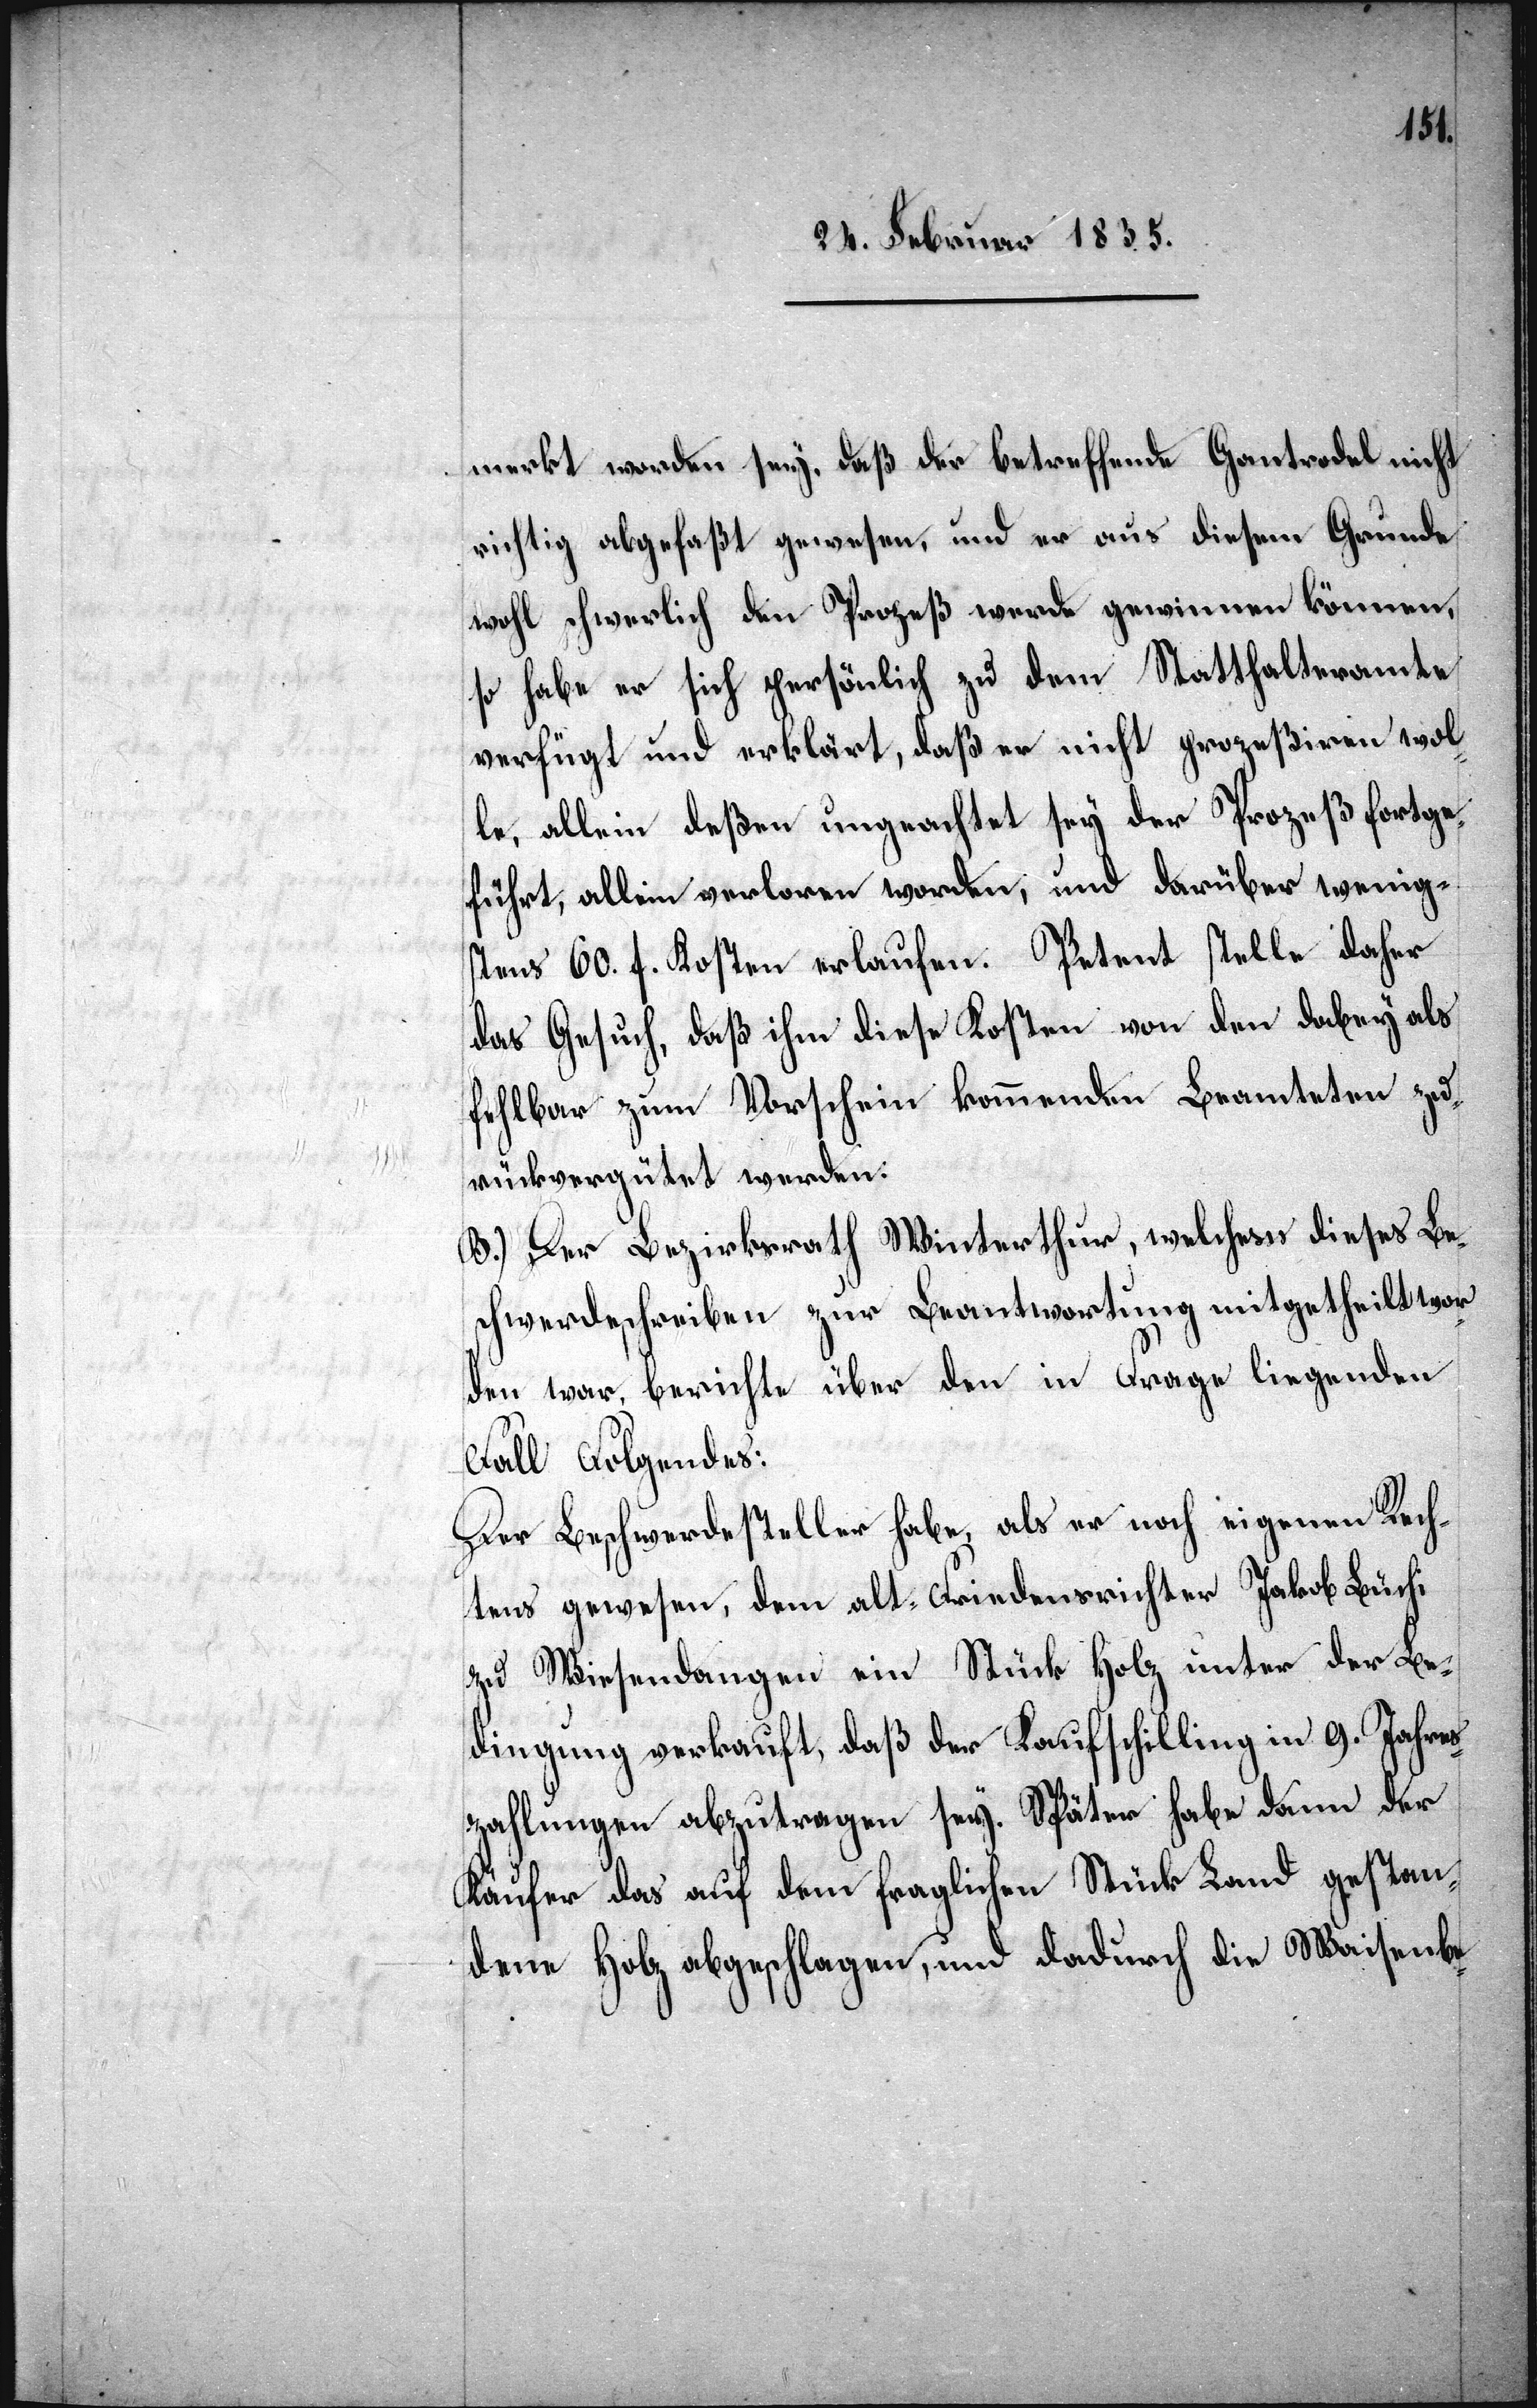
merkt worden sey, daß der betreffende Gantrodel nicht
richtig abgefaßt gewesen, und er aus diesem Grunde
wohl schwerlich den Prozeß werde gewinnen können,
so habe er sich persönlich zu dem Statthalteramte
verfügt und erklärt, daß er nicht prozeßiren wol¬
le, allein deßen ungeachtet sey der Prozeß fortge¬
führt, allein verloren worden, und darüber wenig¬
stens 60. f. Kosten erlaufen. Petent stelle daher
das Gesuch, daß ihm diese Kosten von den dabey als
fehlbar zum Vorschein kommenden Beamteten zu¬
rückvergütet werden:
B.) Der Bezirksrath Winterthur, welchem dieses Be¬
schwerdeschreiben zur Beantwortung mitgetheilt wor¬
den war, berichtet über den in Frage liegenden
Fall Folgendes:
Der Beschwerdesteller habe, als er noch eigenen Rech¬
tens gewesen, dem alt-Friedensrichter Jakob Büchi
zu Wiesendangen ein Stück Holz unter der Be¬
dingung verkauft, daß der Kaufschilling in 9. Jahres¬
zahlungen abzutragen sey. Später habe dann der
Käufer das auf dem fraglichen Stück Land gestan¬
dene Holz abgeschlagen, und dadurch die Waisenbe-